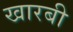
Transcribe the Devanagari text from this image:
खारबी